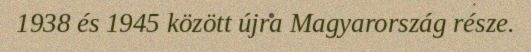
1938 és 1945 között újra Magyarország része.